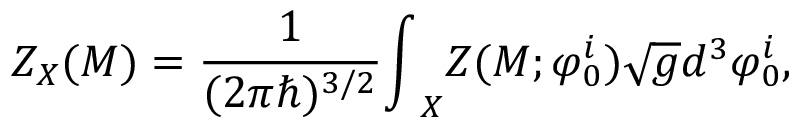
Z _ { X } ( { \cal M } ) = \frac { 1 } { ( 2 \pi \hbar ) ^ { 3 / 2 } } { \int } _ { X } Z ( { \cal M } ; { \varphi } _ { 0 } ^ { i } ) \sqrt { g } d ^ { 3 } { \varphi } _ { 0 } ^ { i } ,